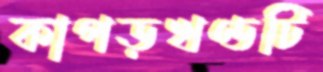
কাপড়খণ্ডটি